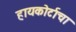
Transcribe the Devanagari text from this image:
हायकोर्टाचा